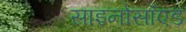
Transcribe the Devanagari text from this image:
साइनोसॉएड